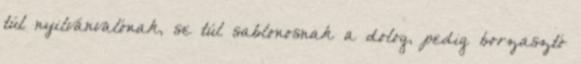
túl nyilvánvalónak, se túl sablonosnak a dolog, pedig borzasztó